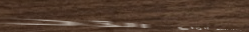
بيع وشراء جميع أنواع الأد